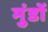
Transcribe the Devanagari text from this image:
मुंडों